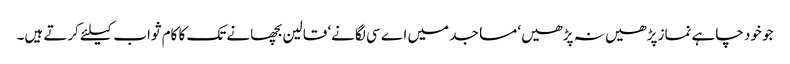
جو خود چاہے نماز پڑھیں نہ پڑھیں‘ مساجد میں اے سی لگانے‘ قالین بچھانے تک کا کام ثواب کیلئے کرتے ہیں۔